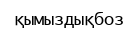
қымыздықбоз